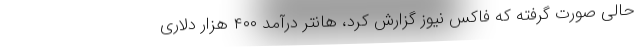
حالی صورت گرفته که فاکس نیوز گزارش کرد، هانتر درآمد ۴۰۰ هزار دلاری